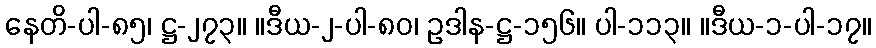
နေတိ-ပါ-၈၅၊ ဋ္ဌ-၂၇၃။ ။ဒီယ-၂-ပါ-၈၀၊ ဥဒါန-ဋ္ဌ-၁၅၆။ ပါ-၁၁၃။ ။ဒီယ-၁-ပါ-၁၇။